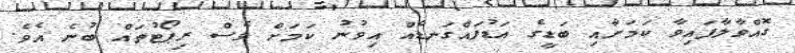
ގޮއްވާލާފައިވާ ކަމަށާއި ބަޑީގެ އަޑުފައްގަނޑެއް އިވުނު ކަމަށް ވެސް ރިޕޯޓުތައް ބުނެ އެވެ.